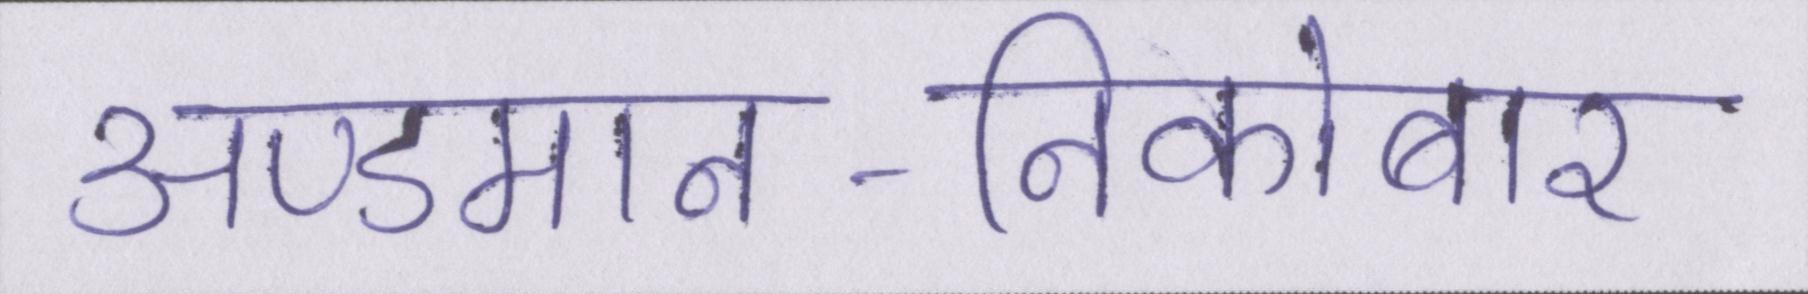
अण्डमान-निकोबार